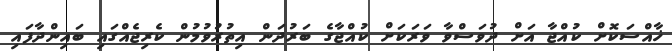
ޚާއްސަކޮށް ކުއްޖާ އަށް ދުވަސްވާ ވަރަކަށް ކުއްޖާގެ ބަރުދަން އިތުރުވުމުން ކެރިޖެއްގައި ބައިންދާފައި